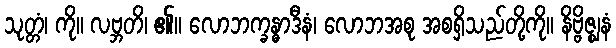
သုတ္တံ၊ ကို။ လဗ္ဘတိ၊ ၏။ လောဘက္ခန္ဓာဒီနံ၊ လောဘအစု အစရှိသည်တို့ကို။ နိဗ္ဗိဇ္ဈနံ